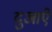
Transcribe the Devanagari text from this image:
दुआऐं